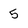
Character: 5